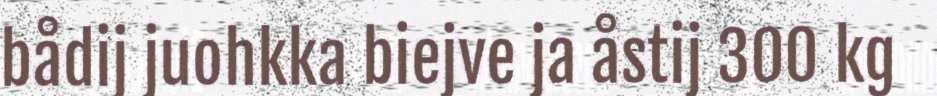
bådij juohkka biejve ja åstij 300 kg